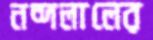
নন্দলালের